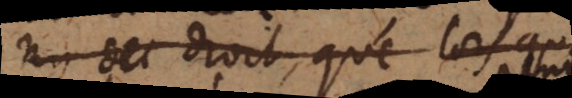
ny des droit, que lorsqu